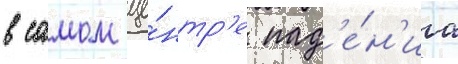
в самом це́нтр'е пад'е́н'иа